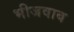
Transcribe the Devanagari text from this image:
भीजवाब